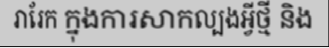
រារែក ក្នុងការសាកល្បងអ្វីថ្មី និង